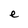
Character: e